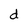
Character: d